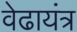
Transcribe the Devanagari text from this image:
वेढायंत्र